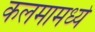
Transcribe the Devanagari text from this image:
कलमामध्ये